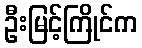
ဦးမြင့်ကြိုင်က